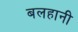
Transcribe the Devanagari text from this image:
बलहानी